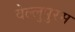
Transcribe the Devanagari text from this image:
वेल्लुपुरम